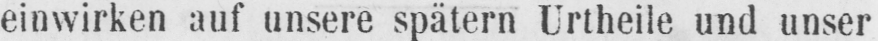
einwirken auf unsere spätern Urtheile und unser